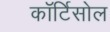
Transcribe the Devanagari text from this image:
कॉर्टिसोल